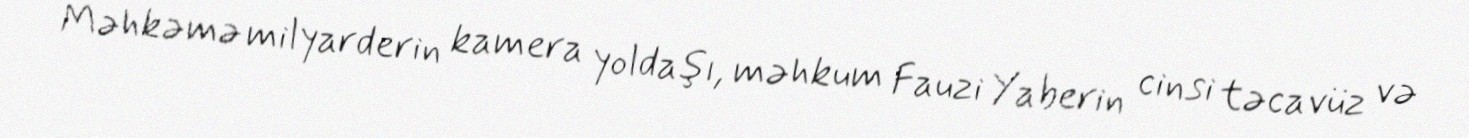
Məhkəmə milyarderin kamera yoldaşı, məhkum Fauzi Yaberin cinsi təcavüz və